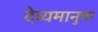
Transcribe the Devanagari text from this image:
देव्यमानुषा